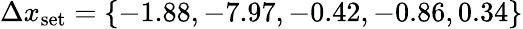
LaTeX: \Delta x_{\textrm{set}}=\{ -1.88,-7.97,-0.42,-0.86,0.34\}